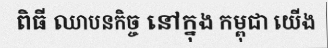
ពិធី ឈាបនកិច្ច នៅក្នុង កម្ពុជា យើង